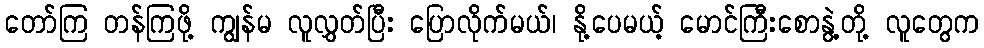
တော်ကြ တန်ကြဖို့ ကျွန်မ လူလွှတ်ပြီး ပြောလိုက်မယ်၊ နို့ပေမယ့် မောင်ကြီးစောနွဲ့တို့ လူတွေက